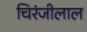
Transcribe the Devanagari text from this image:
चिरंजीलाल